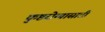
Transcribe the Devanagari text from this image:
कुष्ठरोग्यासाठी